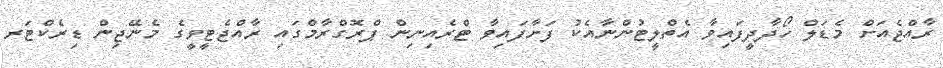
ރާއްޖެއަށް މެޑަލް ހޯދާދީފައިވާ އެތްލީޓުންނާއެކު ފަށާފައިވާ ޓްރެއިނިން ޕްރޮގްރާމްގައި ރާއްޖެޓީވީގެ މެނޭޖިން ޑިރެކްޓަރ